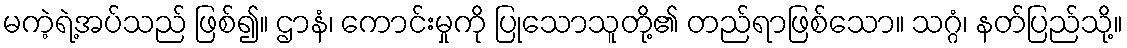
မကဲ့ရဲ့အပ်သည် ဖြစ်၍။ ဌာနံ၊ ကောင်းမှုကို ပြုသောသူတို့၏ တည်ရာဖြစ်သော။ သဂ္ဂံ၊ နတ်ပြည်သို့။